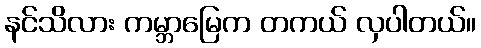
နင်သိလား ကမ္ဘာမြေက တကယ် လှပါတယ်။